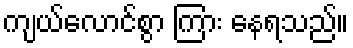
ကျယ်လောင်စွာ ကြား နေရသည်။